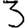
Digit: 3